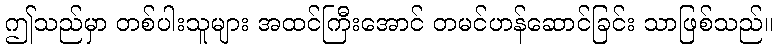
ဤသည်မှာ တစ်ပါးသူများ အထင်ကြီးအောင် တမင်ဟန်ဆောင်ခြင်း သာဖြစ်သည်။